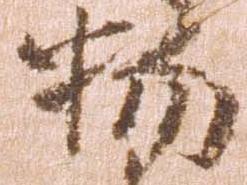
物